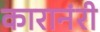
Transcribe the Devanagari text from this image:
कारानंरी